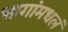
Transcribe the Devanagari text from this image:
भागांमधलं